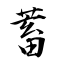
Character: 蓄